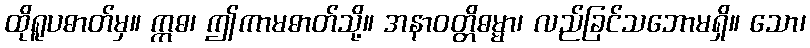
ထိုရူပဓာတ်မှ။ ဣဓ၊ ဤကာမဓာတ်သို့။ အနာဝတ္တိဓမ္မာ၊ လည်ခြင်သဘောမရှိ။ သော၊